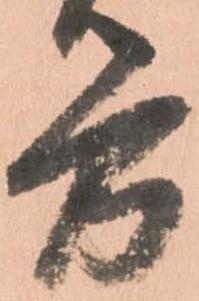
労